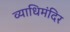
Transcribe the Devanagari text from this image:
व्याधिमंदिर